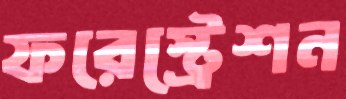
ফরেস্ট্রেশন